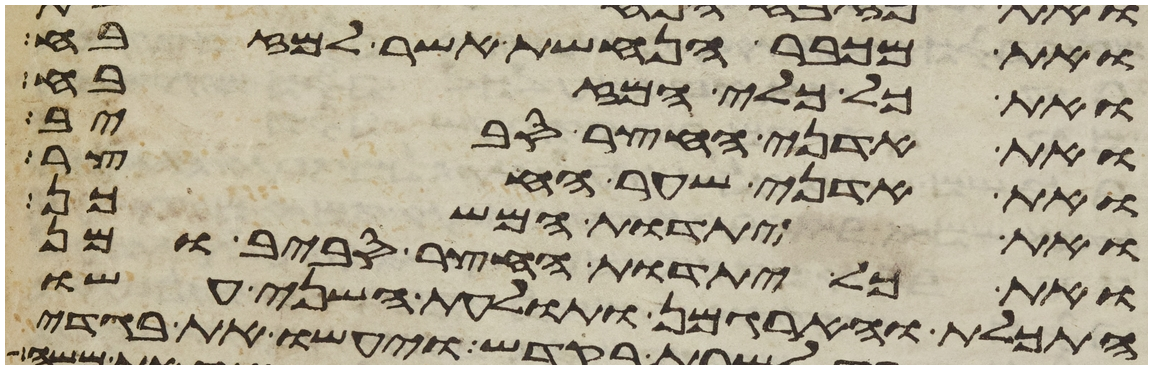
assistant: ואת מכבר הנחשת אשר למזבח
ואת כל כלי המזבח
ואת אדני החצר סביב
ואת אדני שער החצר
את יתדות המשכן
ואת כל יתדות החצר סביב ומן
התכלת והארגמן ותולעת השני עשו